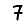
Digit: 7